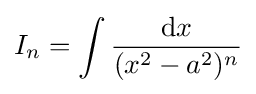
I_{n}=\int {\frac {{\text{d}}x}{(x^{2}-a^{2})^{n}}}\,\!